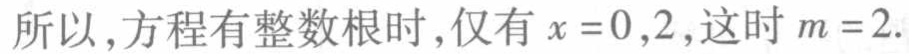
所以，方程有整数根时，仅有 \(x = 0,2\)，这时 \(m = 2\).